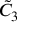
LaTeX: { \tilde { C } } _ { 3 }